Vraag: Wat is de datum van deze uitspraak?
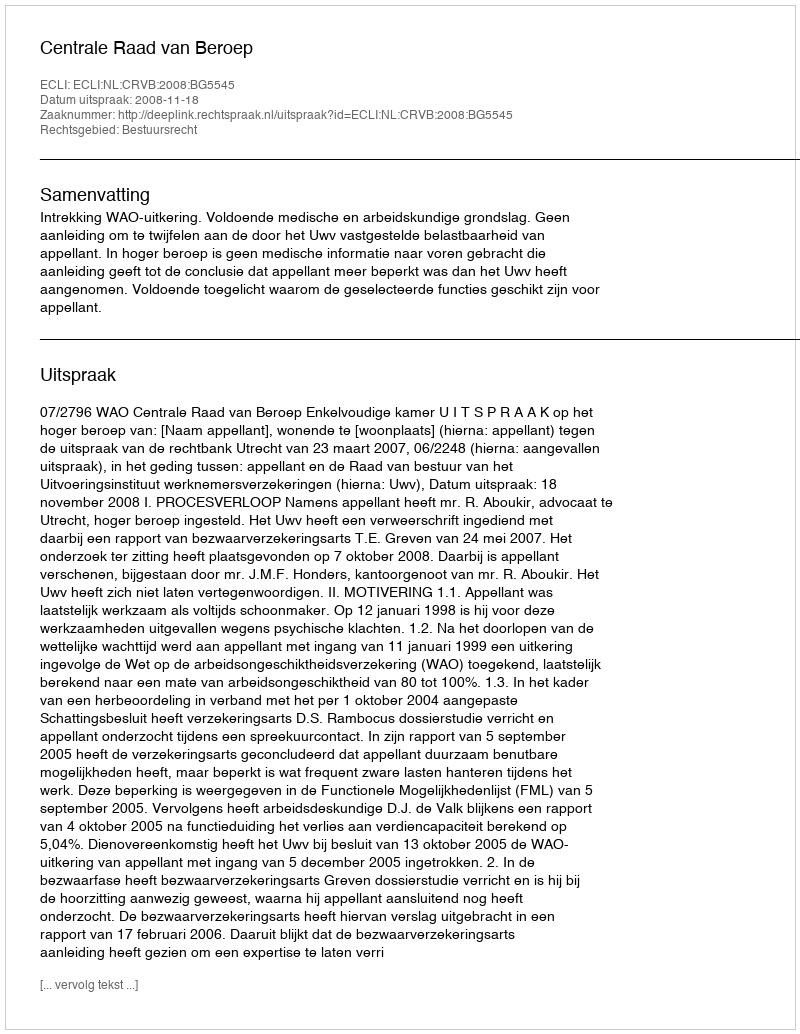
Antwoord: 2008-11-18